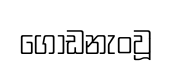
ගොඩනැංවූ